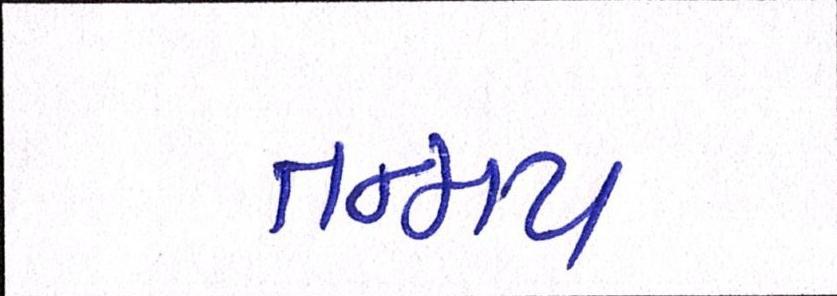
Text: તન્મય